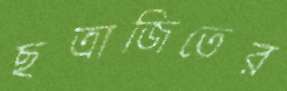
ছত্রাজিতের